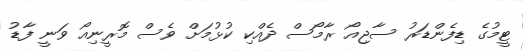
ޓީމުގެ ޑިފެންޑަރު ސާޖިއޯ ރާމޯސް ދެއްކި ކުޅުމަށް ވެސް މޮރީނިއޯ ވަނީ ފާޑު